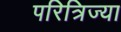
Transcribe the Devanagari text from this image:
परित्रिज्या